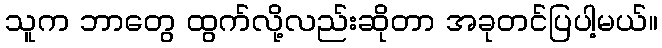
သူက ဘာတွေ ထွက်လို့လည်းဆိုတာ အခုတင်ပြပါ့မယ်။